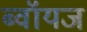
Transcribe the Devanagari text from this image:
ब्‍वॉयज